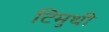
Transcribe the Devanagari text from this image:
टिमुथी